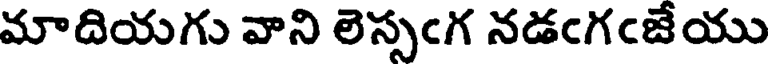
మాదియగు వాని లెస్సఁగ నడఁగఁజేయు